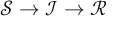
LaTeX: { \mathcal { S } } \rightarrow { \mathcal { I } } \rightarrow { \mathcal { R } }